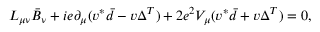
L _ { \mu \nu } \bar { B } _ { \nu } + i e \partial _ { \mu } ( v ^ { * } \bar { d } - v \Delta ^ { T } ) + 2 e ^ { 2 } V _ { \mu } ( v ^ { * } \bar { d } + v \Delta ^ { T } ) = 0 ,